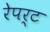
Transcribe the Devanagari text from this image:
रेपर्ट